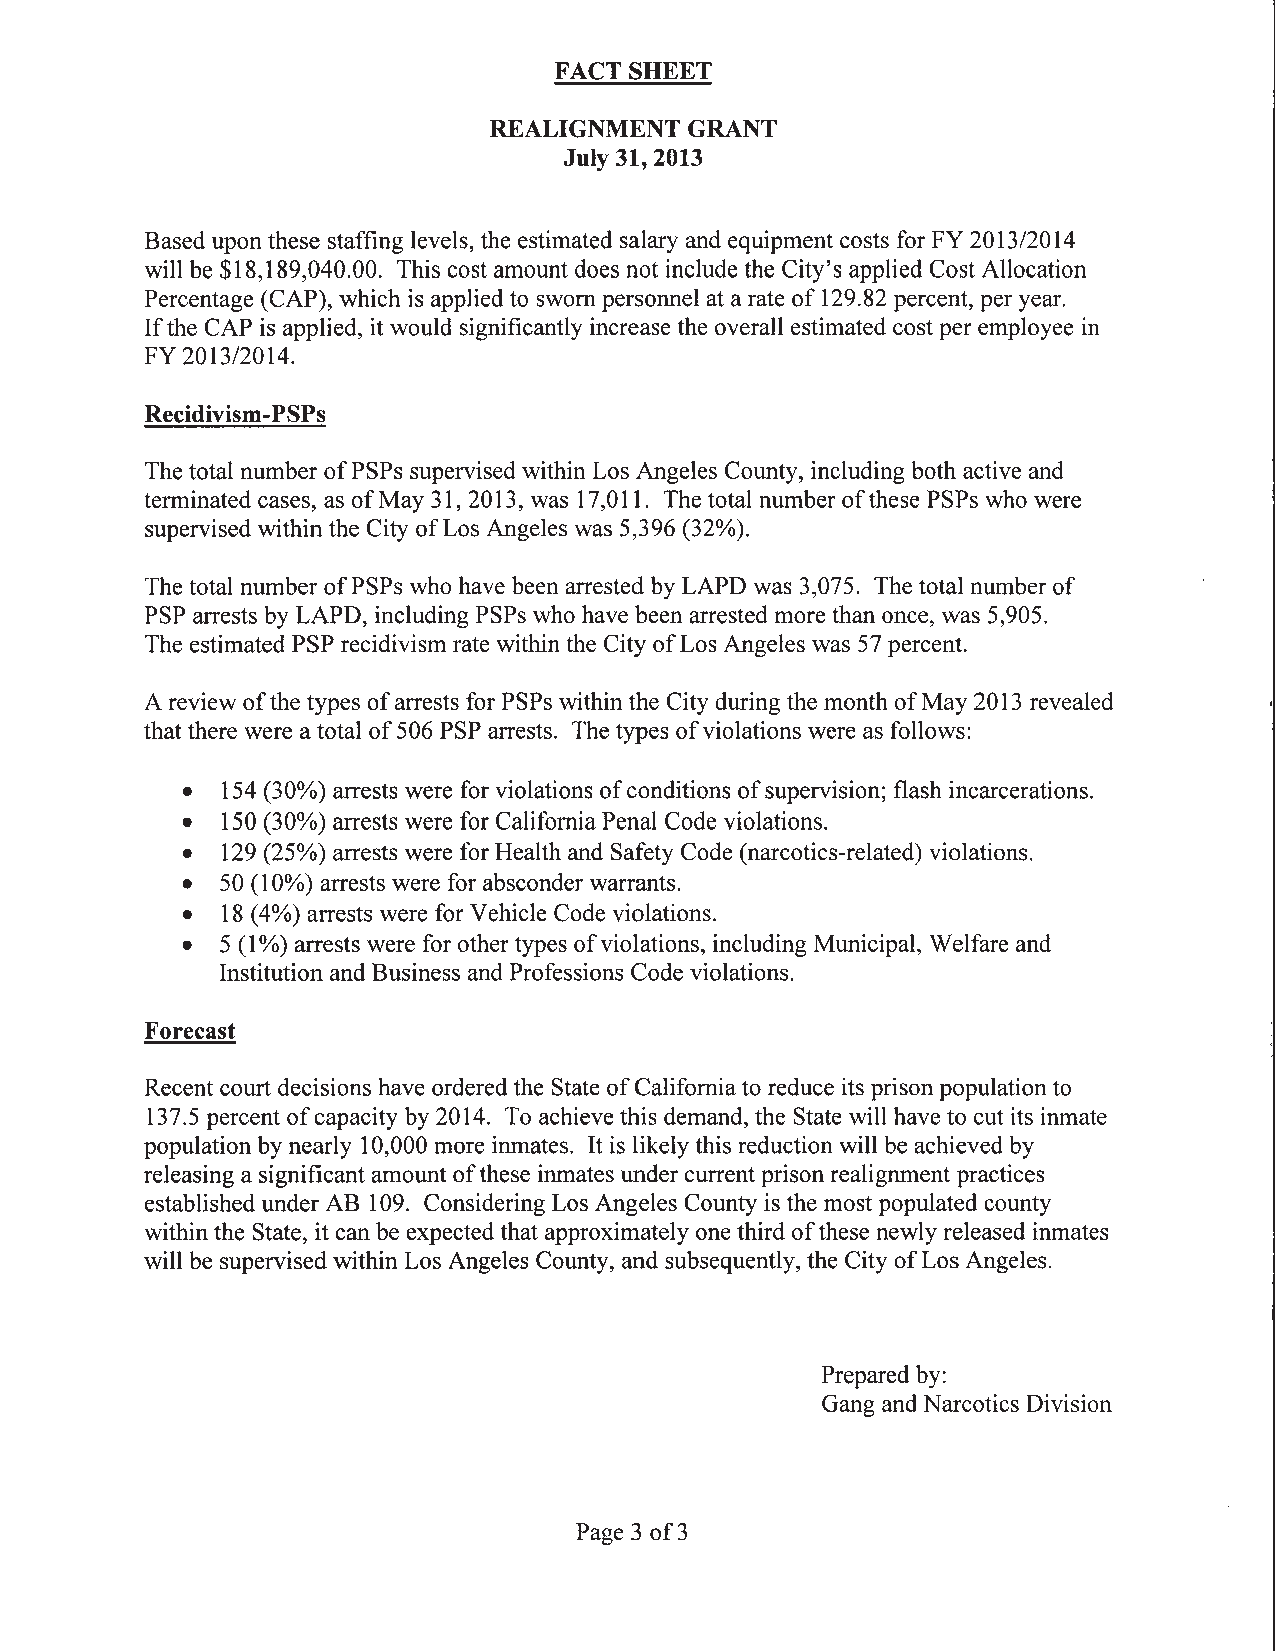
FACT SHEET
 REALIGNMENT  GRANT
 July 31, 2013
 Based upon these staffing levels, the estimated salary and equipment costs for FY 2013/2014
 will be $18,189,040.00. This cost amount does not include the City's applied Cost Allocation
 Percentage (CAP), which is applied to sworn personnel at a rate of 129.82 percent, per year.
 If the CAP is applied, it would significantly increase the overall estimated cost per employee in
 FY 2013/2014.
 Recidivism-PSPs
 The total number of PSPs supervised within Los Angeles County, including both active and
 terminated cases, as of May 31, 2013, was 17,011. The total number of these PSPs who were
 supervised within the City of Los Angeles was 5,396 (32%).
 The total number of PSPs who have been arrested by LAPD was 3,075. The total number of
 PSP arrests by LAPD, including PSPs who have been arrested more than once, was 5,905.
 The estimated PSP recidivism rate within the City of Los Angeles was 57percent.
 A review of the types of arrests for PSPs within the City during the month of May 2013 revealed
 that there were a total of 506 PSP arrests. The types of violations were as follows:
 •  154 (3 0%) arrests were for violations of conditions of supervision; flash incarcerations.
 •  150 (3 0%) arrests were for California Penal Code violations.
 •  129 (25%) arrests were for Health and Safety Code (narcotics-related) violations.
 •  50 (10%) arrests were for absconder warrants.
 •  18 (4%) arrests were for Vehicle Code violations.
 •  5 (1%) arrests were for other types of violations, including Municipal, Welfare and
 Institution and Business and Professions Code violations.
 Forecast
 Recent court decisions have ordered the State of California to reduce its prison population to
 137.5 percent of capacity by 2014. To achieve this demand, the State will have to cut its inmate
 population by nearly 10,000 more inmates. It is likely this reduction will be achieved by
 releasing a significant amount of these inmates under current prison realignment practices
 established under AB 109. Considering Los Angeles County is the most populated county
 within the State, it can be expected that approximately one third of these newly released inmates
 will be supervised within Los Angeles County, and subsequently, the City of Los Angeles.
 Prepared by:
 Gang and Narcotics Division
 Page 3 of 3